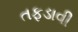
તફડાવી